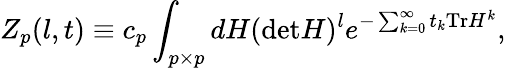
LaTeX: Z_{p}(l,t)\equiv c_{p}\int_{p\times p}dH(\mathrm{det}H)^{l}e^{-\sum_{k=0}^{\infty}t_{k}\mathrm{Tr}H^{k}},